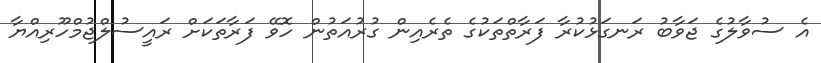
އެ ސުވާލުގެ ޖަވާބު ރަނގަޅުކުރާ ފަރާތްތަކުގެ ތެރެއިން ގުރުއަތުން ހޮވޭ ފަރާތަކަށް ރައީސުލްޖުމްހޫރިއްޔާ